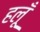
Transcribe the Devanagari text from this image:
हलूँ